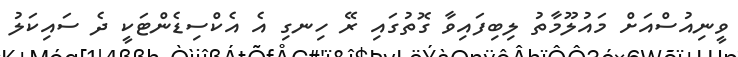
ވީނިއުސްއަށް މައުލޫމާތު ލިބިފައިވާ ގޮތުގައި ރޭ ހިނގި އެ އެކްސިޑެންޓަކީ ދެ ސައިކަލު